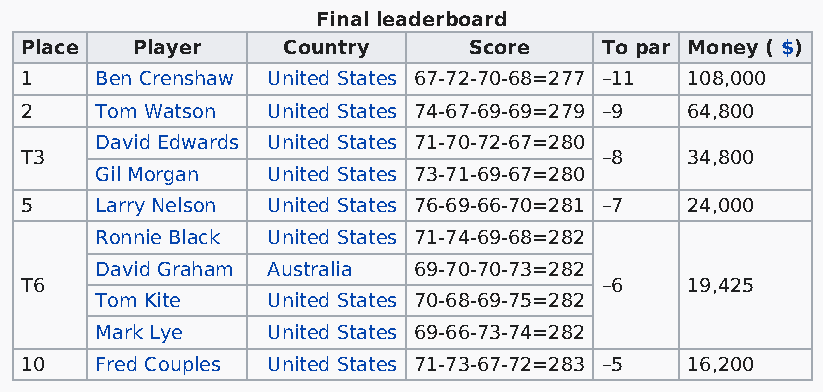
Final leaderboard
 Place   Player    Country     Score    To par Money ( $)
 1    Ben Crenshaw United States 67-72-70-68=277 –11 108,000
 2    Tom Watson  United States 74-67-69-69=279 –9 64,800
 David Edwards United States 71-70-72-67=280
 T3                                     –8   34,800
 Gil Morgan  United States 73-71-69-67=280
 5    Larry Nelson United States 76-69-66-70=281 –7 24,000
 Ronnie Black United States 71-74-69-68=282
 David Graham Australia 69-70-70-73=282
 T6                                     –6   19,425
 Tom Kite    United States 70-68-69-75=282
 Mark Lye    United States 69-66-73-74=282
 10   Fred Couples United States 71-73-67-72=283 –5 16,200